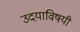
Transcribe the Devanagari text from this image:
उदयाविषयी